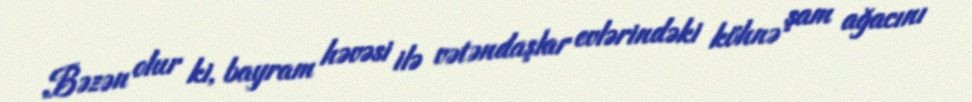
Bəzən olur ki, bayram həvəsi ilə vətəndaşlar evlərindəki köhnə şam ağacını